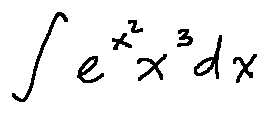
\int e ^ { x ^ { 2 } } x ^ { 3 } d x